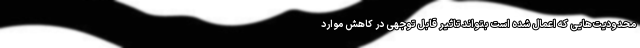
محدودیت‌هایی که اعمال شده است بتواند تاثیر قابل توجهی در کاهش موارد